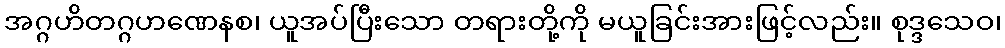
အဂ္ဂဟိတဂ္ဂဟဏေနစ၊ ယူအပ်ပြီးသော တရားတို့ကို မယူခြင်းအားဖြင့်လည်း။ စုဒ္ဒသေဝ၊